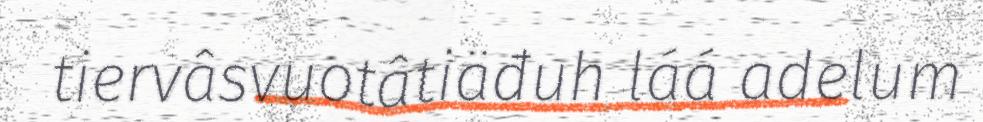
tiervâsvuotâtiäđuh láá adelum